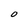
Character: 0